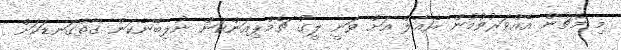
މި މެޗުން އެއްވަރުވުމުން ރެއާލް އަށް ވަނީ ލީގު ޗެމްޕިއަންކަން ނުލިބޭނެކަން ގާތްގަނޑަކަށް